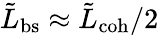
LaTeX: \tilde{L}_{\mathrm{bs}}\approx\tilde{L}_{\mathrm{coh}}/2